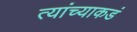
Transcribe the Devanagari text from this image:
त्यांच्याकडं